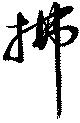
払